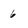
Character: 6